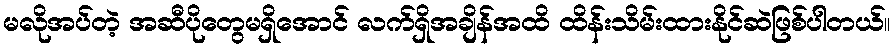
မလိုအပ်တဲ့ အဆီပိုတွေမရှိအောင် လက်ရှိအချိန်အထိ ထိန်းသိမ်းထားနိုင်ဆဲဖြစ်ပါတယ်။